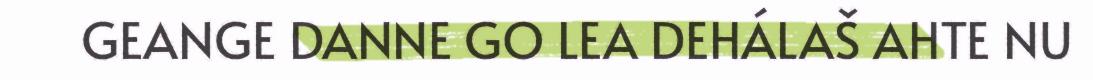
GEANGE DANNE GO LEA DEHÁLAŠ AHTE NU